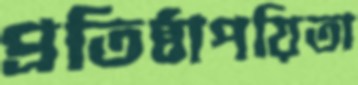
প্রতিষ্ঠাপয়িতা